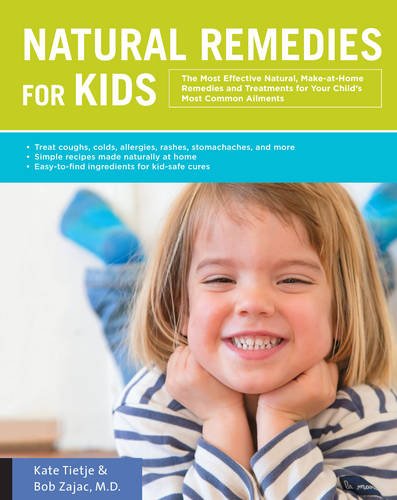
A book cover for Natural Remedies for Kids: The Most Effective Natural, Make-at-Home Remedies and Treatments for Your Child's Most Common Ailments * Treat coughs, ... naturally at home * Easy-to-find ingredients; Kate Tietje; Health, Fitness & Dieting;